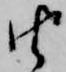
由